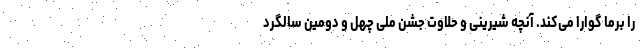
را برما گوارا می‌کند. آنچه شیرینی و حلاوت جشن ملی چهل و دومین سالگرد